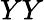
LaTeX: YY